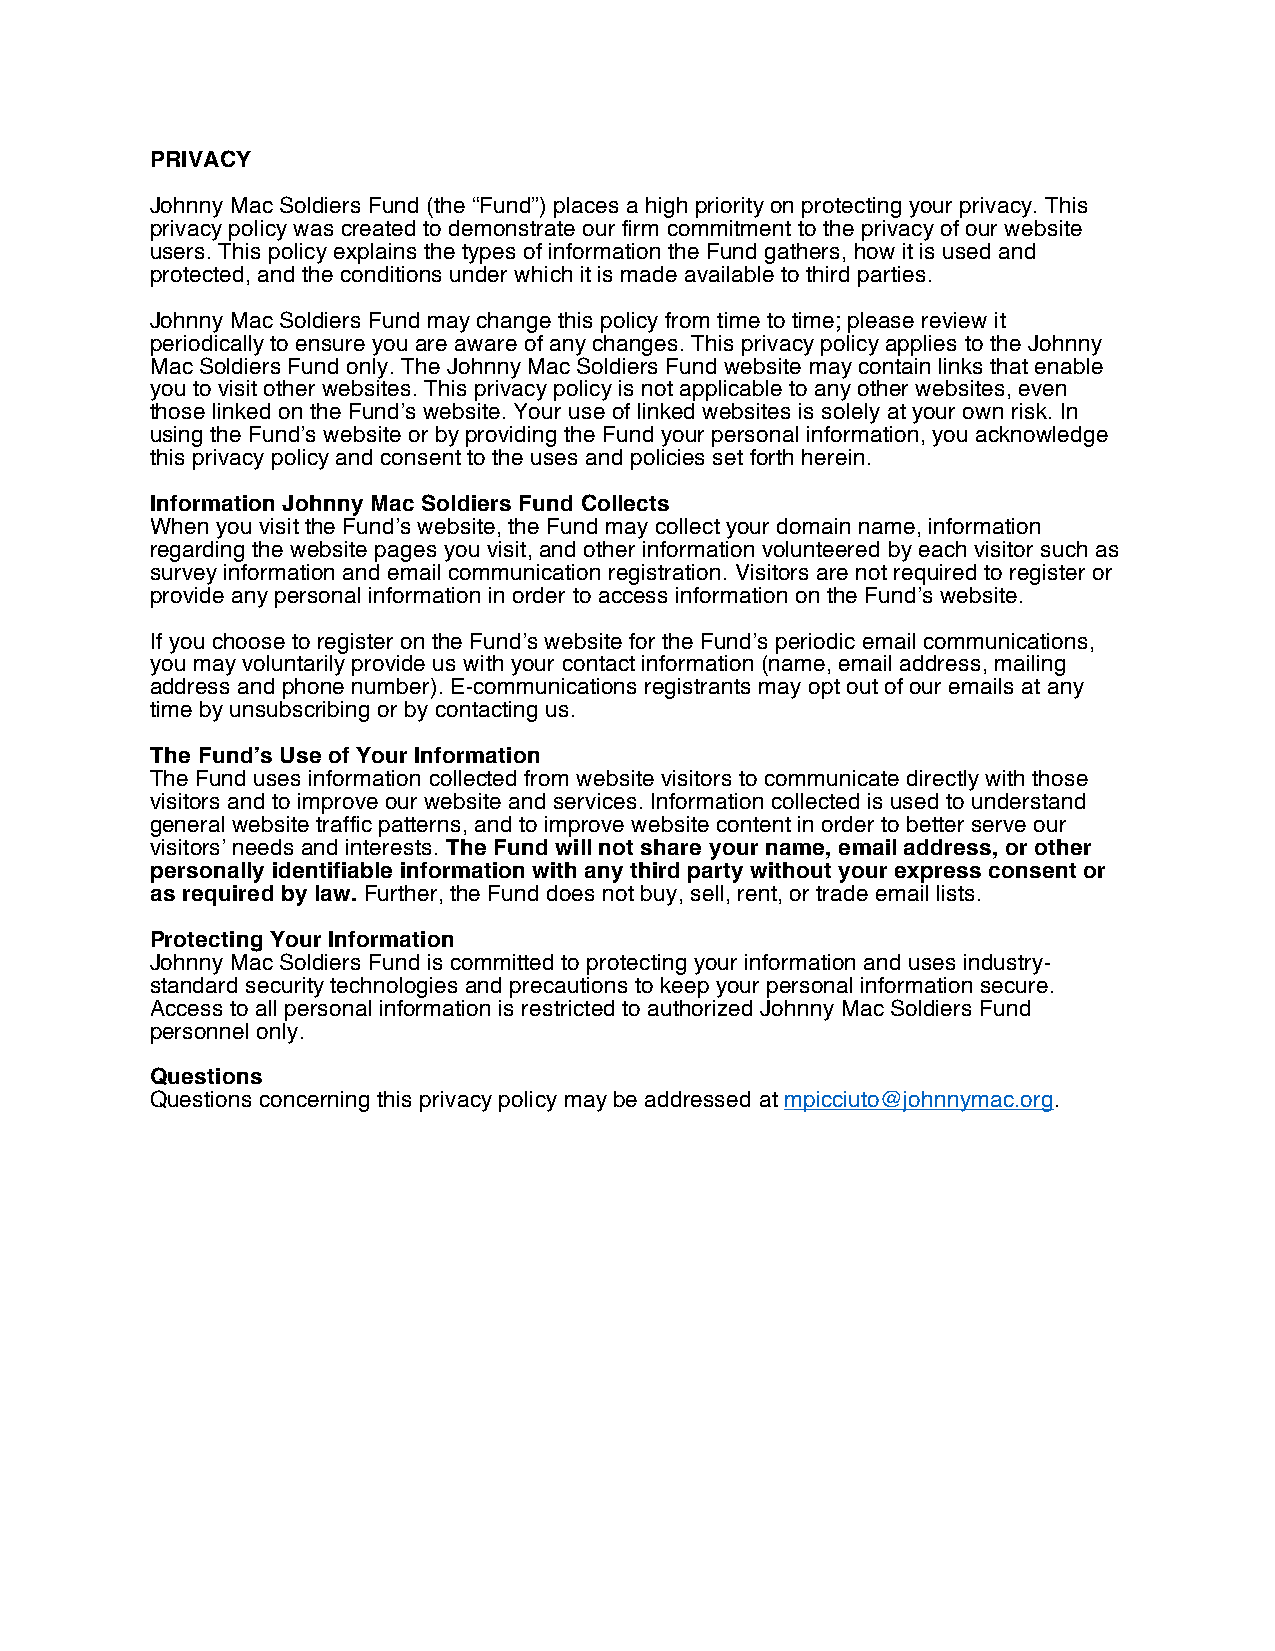
PRIVACY
 Johnny Mac Soldiers Fund (the “Fund”) places a high priority on protecting your privacy. This
 privacy policy was created to demonstrate our firm commitment to the privacy of our website
 users. This policy explains the types of information the Fund gathers, how it is used and
 protected, and the conditions under which it is made available to third parties.
 Johnny Mac Soldiers Fund may change this policy from time to time; please review it
 periodically to ensure you are aware of any changes. This privacy policy applies to the Johnny
 Mac Soldiers Fund only. The Johnny Mac Soldiers Fund website may contain links that enable
 you to visit other websites. This privacy policy is not applicable to any other websites, even
 those linked on the Fund’s website. Your use of linked websites is solely at your own risk. In
 using the Fund’s website or by providing the Fund your personal information, you acknowledge
 this privacy policy and consent to the uses and policies set forth herein.
 Information Johnny Mac Soldiers Fund Collects
 When you visit the Fund’s website, the Fund may collect your domain name, information
 regarding the website pages you visit, and other information volunteered by each visitor such as
 survey information and email communication registration. Visitors are not required to register or
 provide any personal information in order to access information on the Fund’s website.
 If you choose to register on the Fund’s website for the Fund’s periodic email communications,
 you may voluntarily provide us with your contact information (name, email address, mailing
 address and phone number). E-communications registrants may opt out of our emails at any
 time by unsubscribing or by contacting us.
 The Fund’s Use of Your Information
 The Fund uses information collected from website visitors to communicate directly with those
 visitors and to improve our website and services. Information collected is used to understand
 general website traffic patterns, and to improve website content in order to better serve our
 visitors’ needs and interests. The Fund will not share your name, email address, or other
 personally identifiable information with any third party without your express consent or
 as required by law. Further, the Fund does not buy, sell, rent, or trade email lists.
 Protecting Your Information
 Johnny Mac Soldiers Fund is committed to protecting your information and uses industry-
 standard security technologies and precautions to keep your personal information secure.
 Access to all personal information is restricted to authorized Johnny Mac Soldiers Fund
 personnel only.
 Questions
 Questions concerning this privacy policy may be addressed at mpicciuto@johnnymac.org.